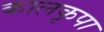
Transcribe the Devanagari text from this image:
कालकृपा